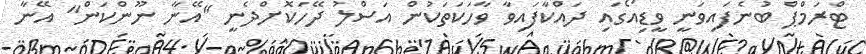
ޓްރަމްޕް ބުނެފައިވަނީ ވީޑިއޯގައި ދައްކާފައިވާ ވާހަކަތަކުން އަސްލު ދޭހަކޮށްދެނީ "އޭނާ ނޫންކަން" އޭނާ